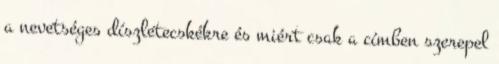
a nevetséges díszletecskékre és miért csak a címben szerepel